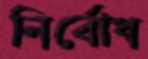
নির্বোধ